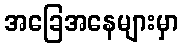
အခြေအနေများမှာ